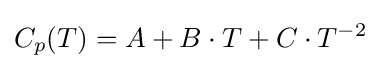
C_{p}(T)=A+B\cdot T+C\cdot T^{-2}